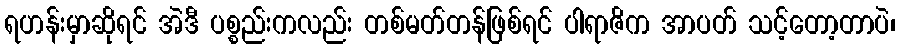
ရဟန်းမှာဆိုရင် အဲဒီ ပစ္စည်းကလည်း တစ်မတ်တန်ဖြစ်ရင် ပါရာဇိက အာပတ် သင့်တော့တာပဲ၊